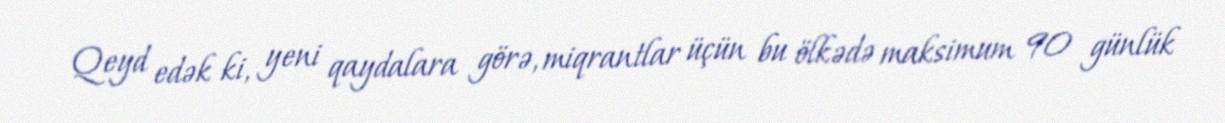
Qeyd edək ki, yeni qaydalara görə, miqrantlar üçün bu ölkədə maksimum 90 günlük